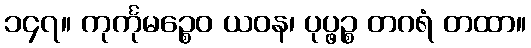
၁၄၇။ ကုင်္ကုမဉ္စေဝ ယဝန၊ ပုပ္ဖဉ္စ တဂရံ တထာ။